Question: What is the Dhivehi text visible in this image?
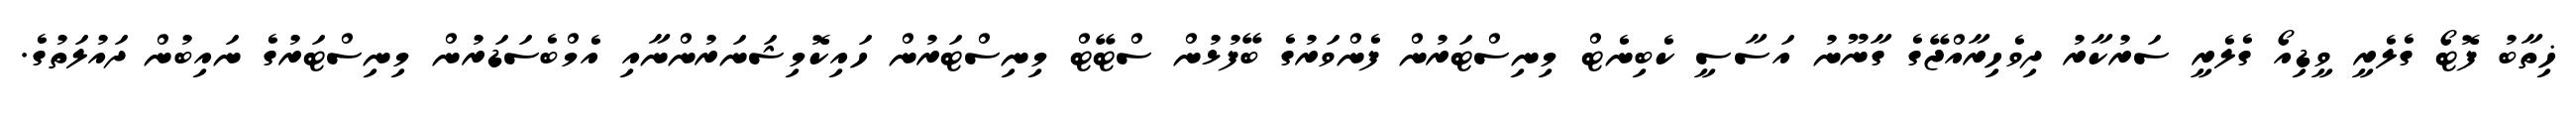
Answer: ޚިތާބު ފޮޓޯ ގެލެރީ ވީޑިއޯ ގެލެރީ ސަރުކާރު ދިވެހިރާއްޖޭގެ ގާނޫނު އަސާސީ ކެބިނެޓް މިނިސްޓަރުން ފެންވަރުގެ ބޭފުޅުން ސްޓޭޓް މިނިސްޓަރުން ހައިކޮމިޝަނަރުންނާއި އެމްބެސަޑަރުން މިނިސްޓަރުގެ ނައިބުން ދައުލަތުގެ.